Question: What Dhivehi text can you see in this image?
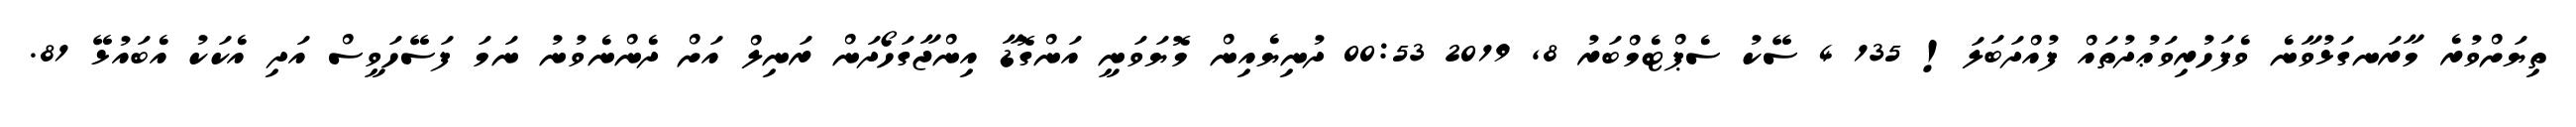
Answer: ތިޔަށްވުރެ މާރަނގަޅުވާނެ ވެފަހުރިވަޢުދުތައް ފުއްދަބަލަ! 135 4 ސޭކު ސެޕްޓެމްބަރު 8, 2019 00:53 ދުނިޔެއިން މޮޔަވަނީ އަންގޮޑާ އިންޖާގަހޯދަން ރަނިލް އަށް ދެންނެވުނު ނަމަ ފަސޭހަވީސް އަދި އެކަކު އެބައުޅޭ 81.